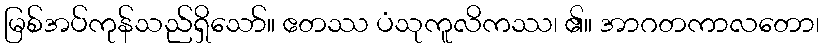
မြစ်အပ်ကုန်သည်ရှိသော်။ ဧတဿ ပံသုကူလိကဿ၊ ၏။ အာဂတကာလတော၊